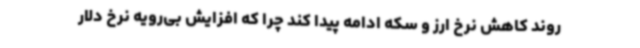
روند کاهش نرخ ارز و سکه ادامه پیدا کند چرا که افزایش بی‌رویه نرخ دلار